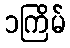
၁ကြိမ်